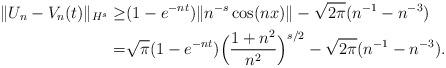
LaTeX: \begin{align*} \|U_n-V_n(t)\|_{H^s}\geq& (1-e^{-nt})\|n^{-s}\cos(nx)\|-\sqrt{2\pi}(n^{-1}-n^{-3})\\ =&\sqrt{\pi}(1-e^{-nt}) \Big(\frac{1+n^2}{n^2}\Big)^{s/2}-\sqrt{2\pi}(n^{-1}-n^{-3}).\end{align*}